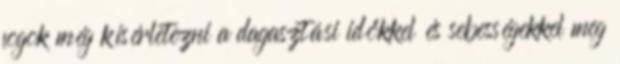
fogok még kísérletezni a dagasztási időkkel és sebességekkel meg